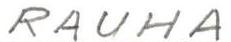
RAUHA